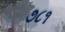
૭૮૧